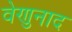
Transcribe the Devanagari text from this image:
वेणुनाद